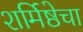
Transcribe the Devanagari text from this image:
शर्मिष्ठेचा